Indian journal of veterinary science and animal husbandry - Volume 3,
Year: 1933
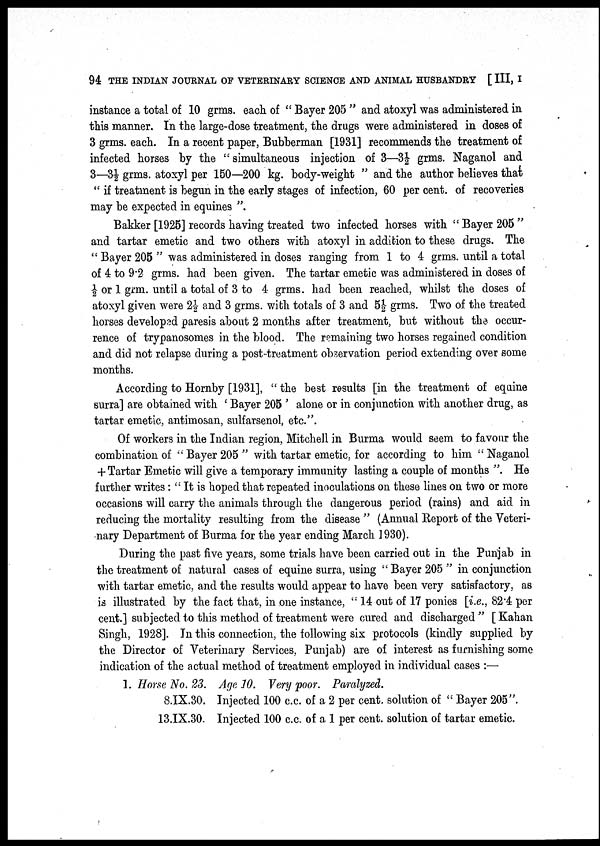
94 THE INDIAN JOURNAL OF VETERINARY SCIENCE AND ANIMAL HUSBANDRY [ III, I
instance a total of 10 grms. each of " Bayer 205 " and atoxyl was administered in
this manner. In the large-dose treatment, the drugs were administered in doses of
3 grms. each. In a recent paper, Bubberman [1931] recommends the treatment of
infected horses by the " simultaneous injection of 3—3½ grms. Naganol and
3—3½ grms. atoxyl per 150—200 kg. body-weight " and the author believes that
" if treatment is begun in the early stages of infection, 60 per cent. of recoveries
may be expected in equines ".
Bakker [1925] records having treated two infected horses with " Bayer 205 "
and tartar emetic and two others with atoxyl in addition to these drugs. The
" Bayer 205 " was administered in doses ranging from 1 to 4 grms. until a total
of 4 to 9.2 grms. had been given. The tartar emetic was administered in doses of
½ or 1 grm. until a total of 3 to 4 grms. had been reached, whilst the doses of
atoxyl given were 2½ and 3 grms. with totals of 3 and 5½ grms. Two of the treated
horses developed paresis about 2 months after treatment, but without the occur-
rence of trypanosomes in the blood. The remaining two horses regained condition
and did not relapse during a post-treatment observation period extending over some
months.
According to Hornby [1931], " the best results [in the treatment of equine
surra] are obtained with ' Bayer 205 ' alone or in conjunction with another drug, as
tartar emetic, antimosan, sulfarsenol, etc.".
Of workers in the Indian region, Mitchell in Burma would seem to favour the
combination of " Bayer 205 " with tartar emetic, for according to him " Naganol
+ Tartar Emetic will give a temporary immunity lasting a couple of months ". He
further writes : " It is hoped that repeated inoculations on these lines on two or more
occasions will carry the animals through the dangerous period (rains) and aid in
reducing the mortality resulting from the disease " (Annual Report of the Veteri-
nary Department of Burma for the year ending March 1930).
During the past five years, some trials have been carried out in the Punjab in
the treatment of natural cases of equine surra, using " Bayer 205 " in conjunction
with tartar emetic, and the results would appear to have been very satisfactory, as
is illustrated by the fact that, in one instance, " 14 out of 17 ponies [i.e., 82.4 per
cent.] subjected to this method of treatment were cured and discharged " [ Kahan
Singh, 1928]. In this connection, the following six protocols (kindly supplied by
the Director of Veterinary Services, Punjab) are of interest as furnishing some
indication of the actual method of treatment employed in individual cases :—
1. Horse No. 23. Age 10. Very poor. Paralyzed.
8.IX.30. Injected 100 c.c. of a 2 per cent. solution of " Bayer 205".
13.IX.30. Injected 100 c.c. of a 1 per cent. solution of tartar emetic.